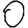
Digit: 0